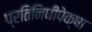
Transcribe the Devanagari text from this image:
प्रतिनिधींपेक्षा